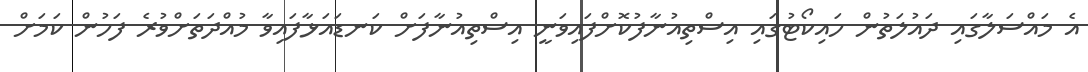
އެ މައްސަލާގައި ދައުލަތުން ހައިކޯޓުގައި އިސްތިއުނާފުކޮށްފައިވަނީ އިސްތިއުނާފަށް ކަނޑައަޅާފައިވާ މުއްދަތަށްވުރެ ފަހުން ކަމަށް